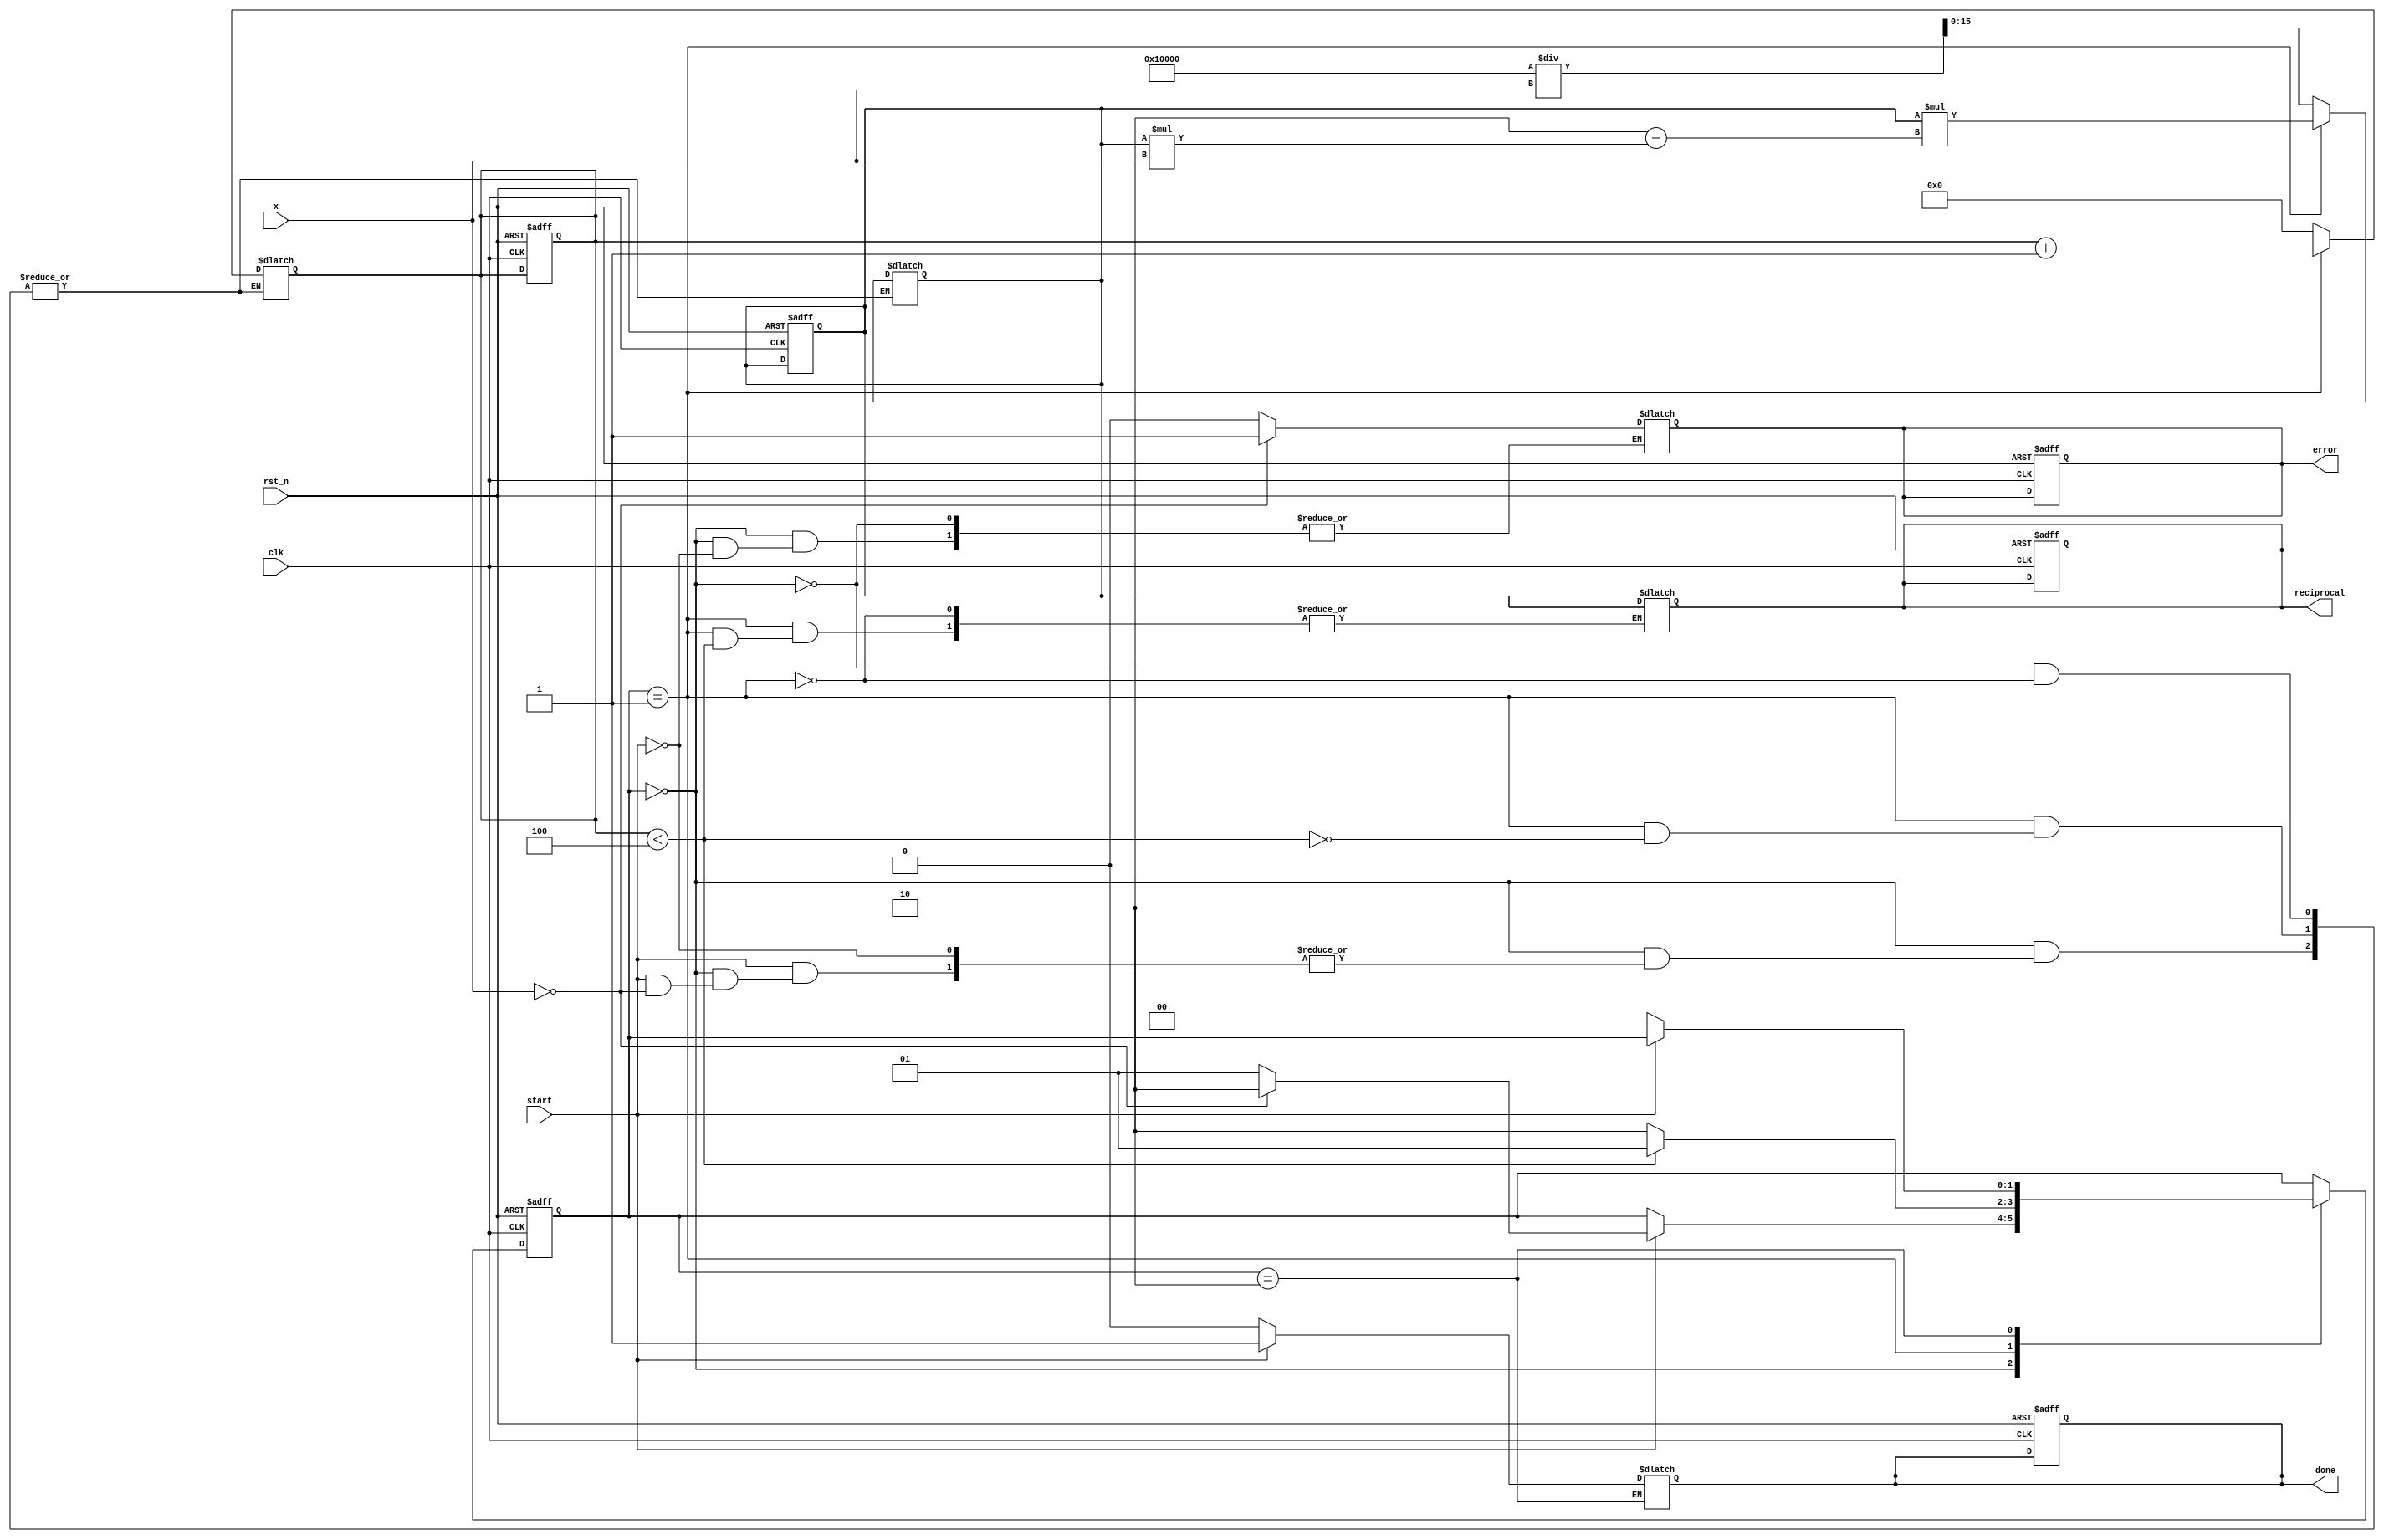
module ReciprocalUnit #(
    parameter WIDTH = 16  // Configurable input width
) (
    input wire clk,
    input wire rst_n,
    input wire [WIDTH-1:0] x,  // Input value
    input wire start,           // Signal to start computation
    output reg [WIDTH-1:0] reciprocal, // Output reciprocal
    output reg done,           // Signal to indicate computation done
    output reg error           // Signal to indicate error (e.g., division by zero)
);

    // State encoding
    localparam IDLE = 2'b00;
    localparam COMPUTE = 2'b01;
    localparam DONE = 2'b10;

    reg [1:0] state, next_state;
    reg [WIDTH-1:0] estimate;  // Current estimate of the reciprocal
    reg [3:0] iteration;        // Iteration counter for Newton-Raphson

    // FSM for controlling the computation
    always @(posedge clk or negedge rst_n) begin
        if (!rst_n) begin
            state <= IDLE;
            reciprocal <= 0;
            done <= 0;
            error <= 0;
            estimate <= 0;
            iteration <= 0;
        end else begin
            state <= next_state;
        end
    end

    // Next state logic
    always @(*) begin
        next_state = state;
        case (state)
            IDLE: begin
                if (start) begin
                    if (x == 0) begin
                        error = 1;          // Division by zero
                        next_state = DONE; // Go to DONE state
                    end else begin
                        error = 0;         // No error
                        estimate = (1 << WIDTH) / x;  // Initial guess (1 / x)
                        iteration = 0;
                        next_state = COMPUTE;
                    end
                end
            end
            
            COMPUTE: begin
                if (iteration < 4) begin // Fixed number of iterations for convergence
                    estimate = estimate * (2 - estimate * x); // Newton-Raphson update
                    iteration = iteration + 1;
                    next_state = COMPUTE;
                end else begin
                    reciprocal = estimate;
                    next_state = DONE;
                end
            end
            
            DONE: begin
                done = 1;  // Signal that computation is done
                if (!start) begin // Wait for the start signal to go low before returning to IDLE
                    next_state = IDLE;
                    done = 0;
                end
            end
        endcase
    end

endmodule